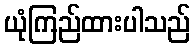
ယုံကြည်ထားပါသည်